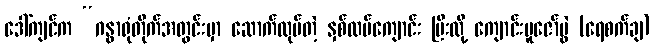
ဒေါ်ကျင်က “ဂန္ဓာရုံတိုက်အတွင်းမှာ ဆောက်လုပ်တဲ့ နှစ်ထပ်ကျောင်း ပြီးလို့ ကျောင်းပူဇော်ပွဲ (ရေစက်ချ)